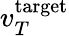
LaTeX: v_{T}^{\mathrm{target}}